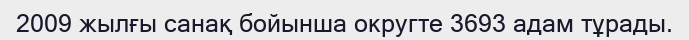
2009 жылғы санақ бойынша округте 3693 адам тұрады.